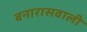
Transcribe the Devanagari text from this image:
बनारासवाली